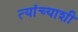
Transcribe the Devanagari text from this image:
त्‍यांच्‍याशी